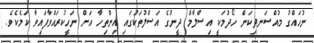
ނުހައްގު މުއްސަނދިކަން ހޯދުމަކީ އިސްލާމް ދީނުގެ އަސްލުތަކުގައި އިންތިހާ އަށް ނަހީކުރައްވާފައިވާ ކަމެކެވެ.